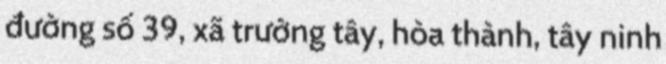
đường số 39, xã trường tây, hòa thành, tây ninh